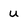
Character: u